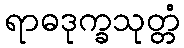
ရာဓဒုက္ခသုတ္တံ